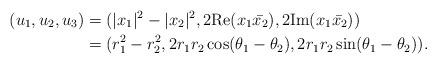
LaTeX: \begin{align*}(u_1,u_2,u_3)&=(|x_1|^2-|x_2|^2, 2 \mathrm{Re}(x_1 \bar{x_2}), 2 \mathrm{Im}(x_1 \bar{x_2}))\\&=(r_1^2-r_2^2, 2 r_1r_2 \cos(\theta_1 - \theta_2), 2r_1r_2 \sin(\theta_1-\theta_2)).\end{align*}